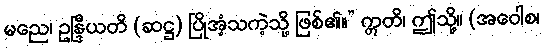
မညေ၊ ဥန္ဒြီယတိ (ဆဋ္ဌ) ပြိုအံ့သကဲ့သို့ ဖြစ်၏။” ဣတိ၊ ဤသို့။ (အဝေါစ၊